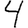
Digit: 4